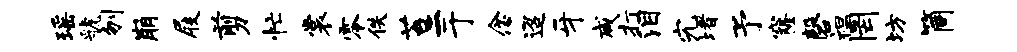
瑶虢刎崩屐剪忙裳零佚苔二于念迢牙咸打泪究堵予窿磬袒罔坊筒